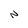
Character: N